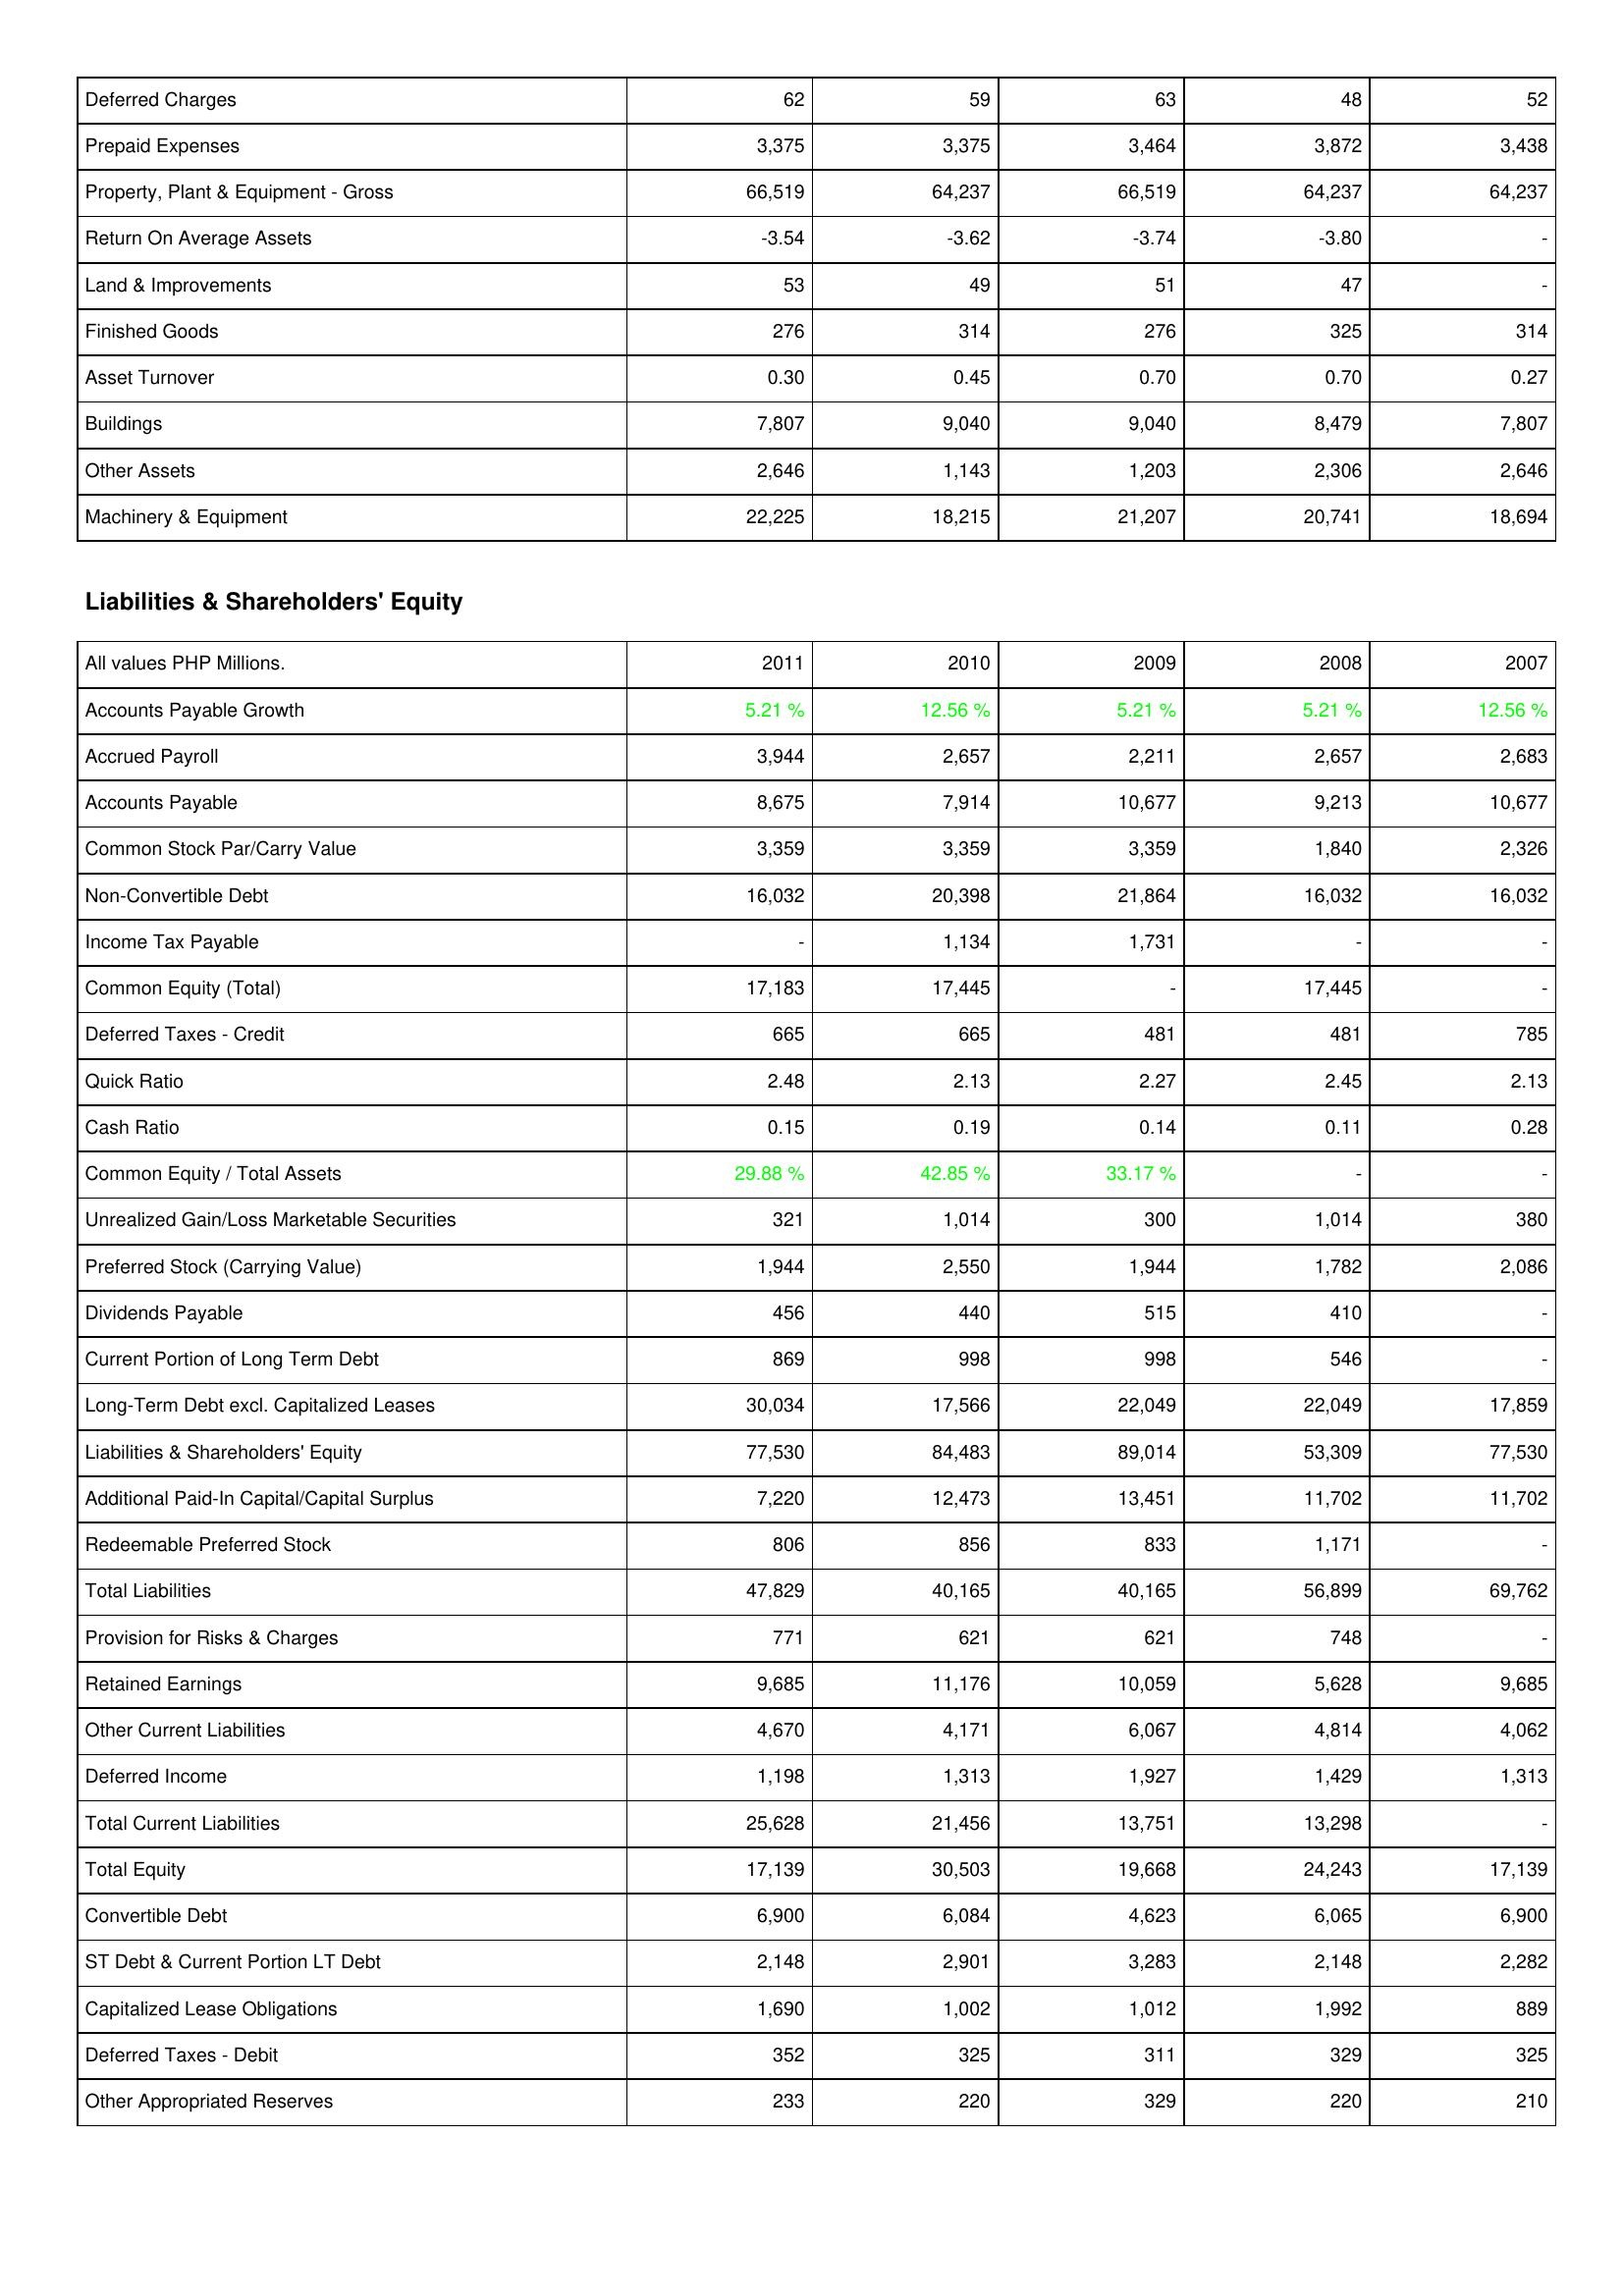
2011: Assets: Deferred Charges: 62
Prepaid Expenses: 3,375
Property, Plant & Equipment - Gross: 66,519
Return On Average Assets: -3.54
Land & Improvements: 53
Finished Goods: 276
Asset Turnover: 0.30
Buildings: 7,807
Other Assets: 2,646
Machinery & Equipment: 22,225
Liabilities & Shareholders' Equity: Accounts Payable Growth: 5.21 %
Accrued Payroll: 3,944
Accounts Payable: 8,675
Common Stock Par/Carry Value: 3,359
Non-Convertible Debt: 16,032
Income Tax Payable: -
Common Equity (Total): 17,183
Deferred Taxes - Credit: 665
Quick Ratio: 2.48
Cash Ratio: 0.15
Common Equity / Total Assets: 29.88 %
Unrealized Gain/Loss Marketable Securities: 321
Preferred Stock (Carrying Value): 1,944
Dividends Payable: 456
Current Portion of Long Term Debt: 869
Long-Term Debt excl. Capitalized Leases: 30,034
Liabilities & Shareholders' Equity: 77,530
Additional Paid-In Capital/Capital Surplus: 7,220
Redeemable Preferred Stock: 806
Total Liabilities: 47,829
Provision for Risks & Charges: 771
Retained Earnings: 9,685
Other Current Liabilities: 4,670
Deferred Income: 1,198
Total Current Liabilities: 25,628
Total Equity: 17,139
Convertible Debt: 6,900
ST Debt & Current Portion LT Debt: 2,148
Capitalized Lease Obligations: 1,690
Deferred Taxes - Debit: 352
Other Appropriated Reserves: 233
2010: Assets: Deferred Charges: 59
Prepaid Expenses: 3,375
Property, Plant & Equipment - Gross: 64,237
Return On Average Assets: -3.62
Land & Improvements: 49
Finished Goods: 314
Asset Turnover: 0.45
Buildings: 9,040
Other Assets: 1,143
Machinery & Equipment: 18,215
Liabilities & Shareholders' Equity: Accounts Payable Growth: 12.56 %
Accrued Payroll: 2,657
Accounts Payable: 7,914
Common Stock Par/Carry Value: 3,359
Non-Convertible Debt: 20,398
Income Tax Payable: 1,134
Common Equity (Total): 17,445
Deferred Taxes - Credit: 665
Quick Ratio: 2.13
Cash Ratio: 0.19
Common Equity / Total Assets: 42.85 %
Unrealized Gain/Loss Marketable Securities: 1,014
Preferred Stock (Carrying Value): 2,550
Dividends Payable: 440
Current Portion of Long Term Debt: 998
Long-Term Debt excl. Capitalized Leases: 17,566
Liabilities & Shareholders' Equity: 84,483
Additional Paid-In Capital/Capital Surplus: 12,473
Redeemable Preferred Stock: 856
Total Liabilities: 40,165
Provision for Risks & Charges: 621
Retained Earnings: 11,176
Other Current Liabilities: 4,171
Deferred Income: 1,313
Total Current Liabilities: 21,456
Total Equity: 30,503
Convertible Debt: 6,084
ST Debt & Current Portion LT Debt: 2,901
Capitalized Lease Obligations: 1,002
Deferred Taxes - Debit: 325
Other Appropriated Reserves: 220
2009: Assets: Deferred Charges: 63
Prepaid Expenses: 3,464
Property, Plant & Equipment - Gross: 66,519
Return On Average Assets: -3.74
Land & Improvements: 51
Finished Goods: 276
Asset Turnover: 0.70
Buildings: 9,040
Other Assets: 1,203
Machinery & Equipment: 21,207
Liabilities & Shareholders' Equity: Accounts Payable Growth: 5.21 %
Accrued Payroll: 2,211
Accounts Payable: 10,677
Common Stock Par/Carry Value: 3,359
Non-Convertible Debt: 21,864
Income Tax Payable: 1,731
Common Equity (Total): -
Deferred Taxes - Credit: 481
Quick Ratio: 2.27
Cash Ratio: 0.14
Common Equity / Total Assets: 33.17 %
Unrealized Gain/Loss Marketable Securities: 300
Preferred Stock (Carrying Value): 1,944
Dividends Payable: 515
Current Portion of Long Term Debt: 998
Long-Term Debt excl. Capitalized Leases: 22,049
Liabilities & Shareholders' Equity: 89,014
Additional Paid-In Capital/Capital Surplus: 13,451
Redeemable Preferred Stock: 833
Total Liabilities: 40,165
Provision for Risks & Charges: 621
Retained Earnings: 10,059
Other Current Liabilities: 6,067
Deferred Income: 1,927
Total Current Liabilities: 13,751
Total Equity: 19,668
Convertible Debt: 4,623
ST Debt & Current Portion LT Debt: 3,283
Capitalized Lease Obligations: 1,012
Deferred Taxes - Debit: 311
Other Appropriated Reserves: 329
2008: Assets: Deferred Charges: 48
Prepaid Expenses: 3,872
Property, Plant & Equipment - Gross: 64,237
Return On Average Assets: -3.80
Land & Improvements: 47
Finished Goods: 325
Asset Turnover: 0.70
Buildings: 8,479
Other Assets: 2,306
Machinery & Equipment: 20,741
Liabilities & Shareholders' Equity: Accounts Payable Growth: 5.21 %
Accrued Payroll: 2,657
Accounts Payable: 9,213
Common Stock Par/Carry Value: 1,840
Non-Convertible Debt: 16,032
Income Tax Payable: -
Common Equity (Total): 17,445
Deferred Taxes - Credit: 481
Quick Ratio: 2.45
Cash Ratio: 0.11
Common Equity / Total Assets: -
Unrealized Gain/Loss Marketable Securities: 1,014
Preferred Stock (Carrying Value): 1,782
Dividends Payable: 410
Current Portion of Long Term Debt: 546
Long-Term Debt excl. Capitalized Leases: 22,049
Liabilities & Shareholders' Equity: 53,309
Additional Paid-In Capital/Capital Surplus: 11,702
Redeemable Preferred Stock: 1,171
Total Liabilities: 56,899
Provision for Risks & Charges: 748
Retained Earnings: 5,628
Other Current Liabilities: 4,814
Deferred Income: 1,429
Total Current Liabilities: 13,298
Total Equity: 24,243
Convertible Debt: 6,065
ST Debt & Current Portion LT Debt: 2,148
Capitalized Lease Obligations: 1,992
Deferred Taxes - Debit: 329
Other Appropriated Reserves: 220
2007: Assets: Deferred Charges: 52
Prepaid Expenses: 3,438
Property, Plant & Equipment - Gross: 64,237
Return On Average Assets: -
Land & Improvements: -
Finished Goods: 314
Asset Turnover: 0.27
Buildings: 7,807
Other Assets: 2,646
Machinery & Equipment: 18,694
Liabilities & Shareholders' Equity: Accounts Payable Growth: 12.56 %
Accrued Payroll: 2,683
Accounts Payable: 10,677
Common Stock Par/Carry Value: 2,326
Non-Convertible Debt: 16,032
Income Tax Payable: -
Common Equity (Total): -
Deferred Taxes - Credit: 785
Quick Ratio: 2.13
Cash Ratio: 0.28
Common Equity / Total Assets: -
Unrealized Gain/Loss Marketable Securities: 380
Preferred Stock (Carrying Value): 2,086
Dividends Payable: -
Current Portion of Long Term Debt: -
Long-Term Debt excl. Capitalized Leases: 17,859
Liabilities & Shareholders' Equity: 77,530
Additional Paid-In Capital/Capital Surplus: 11,702
Redeemable Preferred Stock: -
Total Liabilities: 69,762
Provision for Risks & Charges: -
Retained Earnings: 9,685
Other Current Liabilities: 4,062
Deferred Income: 1,313
Total Current Liabilities: -
Total Equity: 17,139
Convertible Debt: 6,900
ST Debt & Current Portion LT Debt: 2,282
Capitalized Lease Obligations: 889
Deferred Taxes - Debit: 325
Other Appropriated Reserves: 210